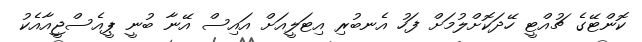
ކޮންޓޭގެ ޗުއްޓީ ހޭދަކޮށްލުމަށް ފަހު އެނބުރި އިޓަލީއަށް އައިސް އޭނާ ބުނީ ޕީއެސްޖީއާއެކު